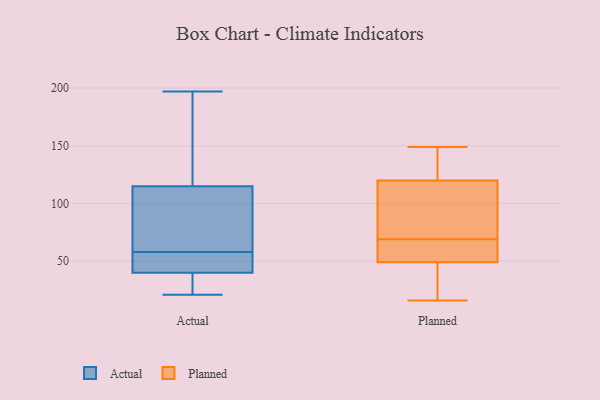
{"axis": {"x": "Page Views", "y": "Value"}, "legend": ["Actual", "Planned"], "data": [{"x": "", "y": 55, "type": "Actual"}, {"x": "", "y": 35, "type": "Actual"}, {"x": "", "y": 55, "type": "Actual"}, {"x": "", "y": 121, "type": "Actual"}, {"x": "", "y": 185, "type": "Actual"}, {"x": "", "y": 21, "type": "Actual"}, {"x": "", "y": 159, "type": "Actual"}, {"x": "", "y": 160, "type": "Actual"}, {"x": "", "y": 27, "type": "Actual"}, {"x": "", "y": 80, "type": "Actual"}, {"x": "", "y": 56, "type": "Actual"}, {"x": "", "y": 62, "type": "Actual"}, {"x": "", "y": 46, "type": "Actual"}, {"x": "", "y": 33, "type": "Actual"}, {"x": "", "y": 93, "type": "Actual"}, {"x": "", "y": 58, "type": "Actual"}, {"x": "", "y": 97, "type": "Actual"}, {"x": "", "y": 38, "type": "Actual"}, {"x": "", "y": 197, "type": "Actual"}, {"x": "", "y": 58, "type": "Planned"}, {"x": "", "y": 73, "type": "Planned"}, {"x": "", "y": 149, "type": "Planned"}, {"x": "", "y": 22, "type": "Planned"}, {"x": "", "y": 132, "type": "Planned"}, {"x": "", "y": 48, "type": "Planned"}, {"x": "", "y": 108, "type": "Planned"}, {"x": "", "y": 65, "type": "Planned"}, {"x": "", "y": 134, "type": "Planned"}, {"x": "", "y": 50, "type": "Planned"}, {"x": "", "y": 78, "type": "Planned"}, {"x": "", "y": 19, "type": "Planned"}, {"x": "", "y": 106, "type": "Planned"}, {"x": "", "y": 58, "type": "Planned"}, {"x": "", "y": 141, "type": "Planned"}, {"x": "", "y": 16, "type": "Planned"}]}